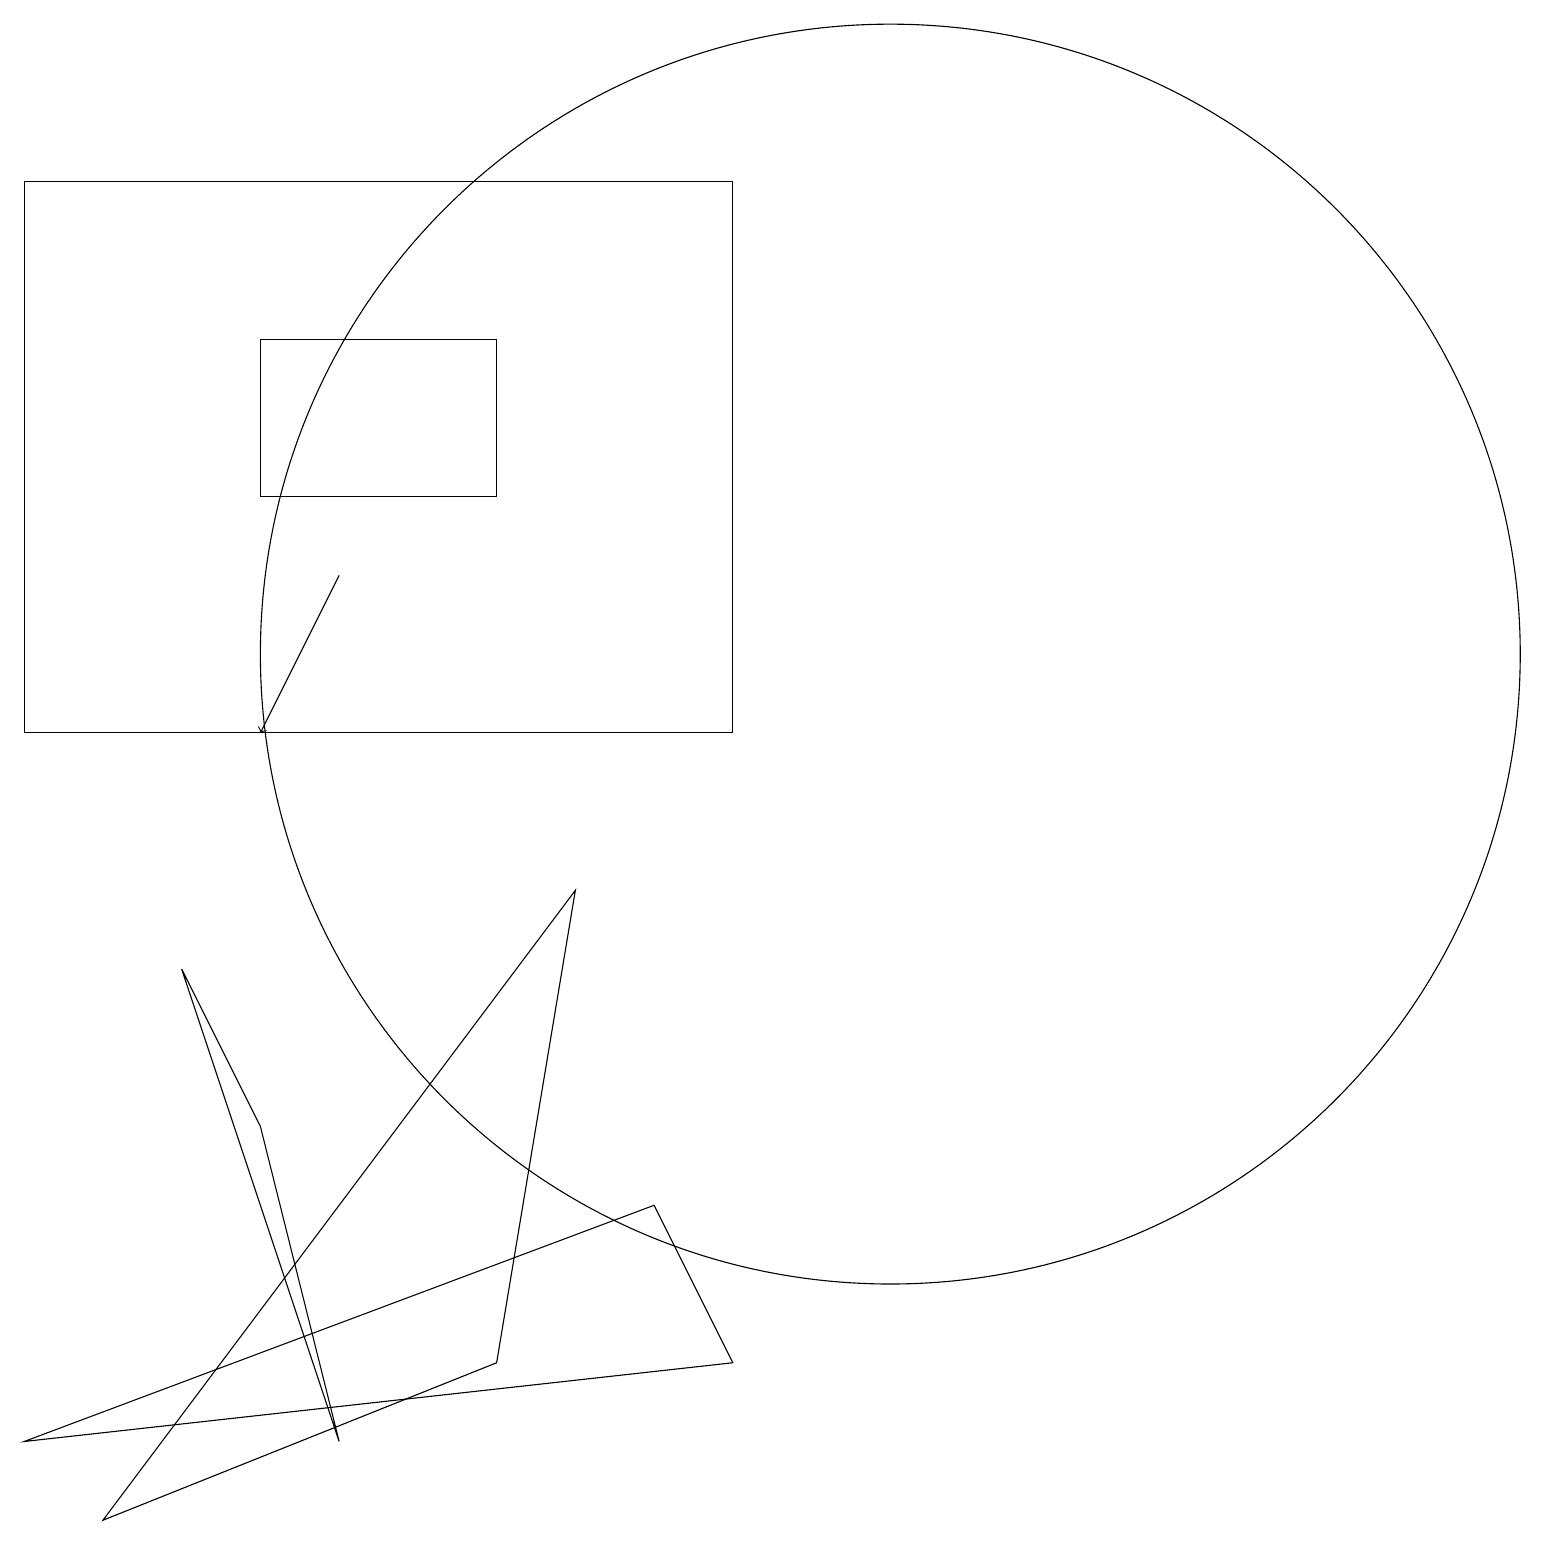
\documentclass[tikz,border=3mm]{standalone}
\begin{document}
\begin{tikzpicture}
\draw (4,1) -- (2,7) -- (3,5) -- cycle;
\draw (1,0) -- (7,8) -- (6,2) -- cycle;
\draw (9,2) -- (8,4) -- (0,1) -- cycle;
\draw (11,11) circle (8);
\draw (0,17) rectangle (9,10);
\draw (10,11) circle (0);
\draw[->] (4,12) -- (3,10);
\draw (3,13) rectangle (6,15);
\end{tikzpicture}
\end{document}